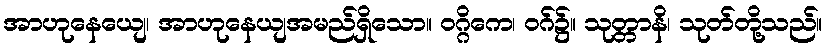
အာဟုနေယျေ၊ အာဟုနေယျအမည်ရှိသော။ ဝဂ္ဂိကေ၊ ဝဂ်၌။ သုတ္တာနိ၊ သုတ်တို့သည်။